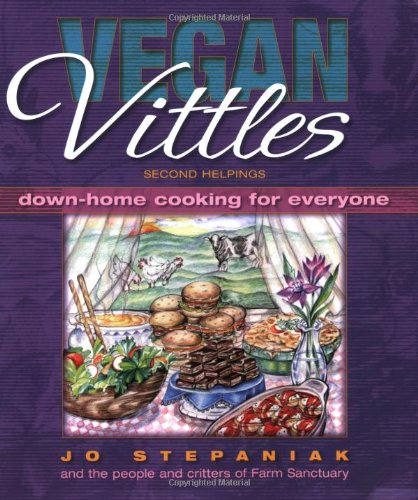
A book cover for Vegan Vittles: Down-Home Cooking for Everyone; Jo Stepaniak; Health, Fitness & Dieting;